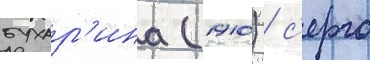
бухар'ина (1910) / с'ерго